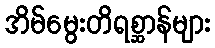
အိမ်မွေးတိရစ္ဆာန်များ